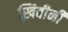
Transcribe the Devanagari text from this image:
ख़िबीनी